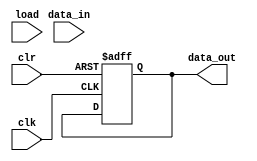
module instruction_register(
    data_out,
    data_in,
    load,
    clk,
    clr
);

parameter DATAWIDTH = 8;
output reg [DATAWIDTH - 1:0] data_out;
input [DATAWIDTH - 1:0] data_in;
input load, clk, clr;

// Clear is an active low signal

always @ (posedge clk or negedge clr)
begin
    if(!clr)
        data_out <= 0;
    else if (load) begin
        data_in <= data_in;
    end
end
    
endmodule